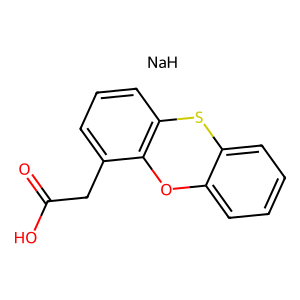
SMILES: O=C(O)Cc1cccc2c1Oc1ccccc1S2.[NaH]
Inhibits HIV replication: No